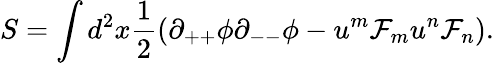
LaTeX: S=\int d^{2}x{\frac{1}{2}}(\partial_{++}\phi\partial_{--}\phi-u^{m}{\cal F}_{m}u^{n}{\cal F}_{n}).